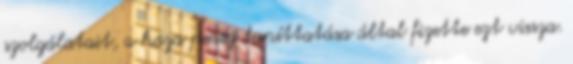
szolgálatait, a haza pedig taníttatása által fizette ezt vissza.